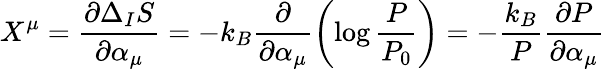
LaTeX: X^{\mu}=\frac{\partial\Delta_{I}S}{\partial\alpha_{\mu}}=-k_{B}\frac{\partial}{\partial\alpha_{\mu}}\left(\log\frac{P}{P_{0}}\right)=-\frac{k_{B}}{P}\frac{\partial P}{\partial\alpha_{\mu}}